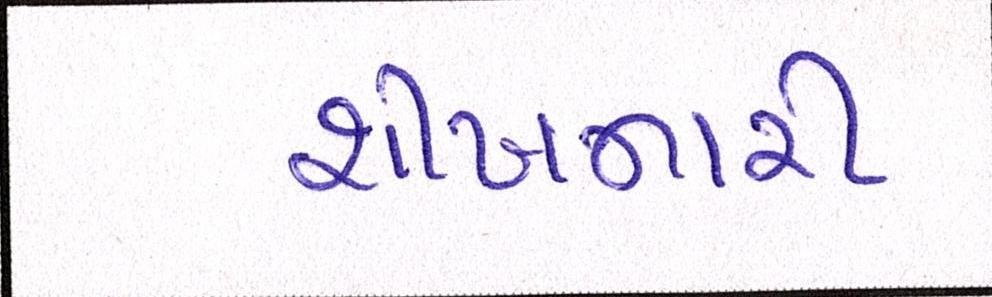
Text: શીખનારી